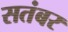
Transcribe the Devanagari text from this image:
सतंबर